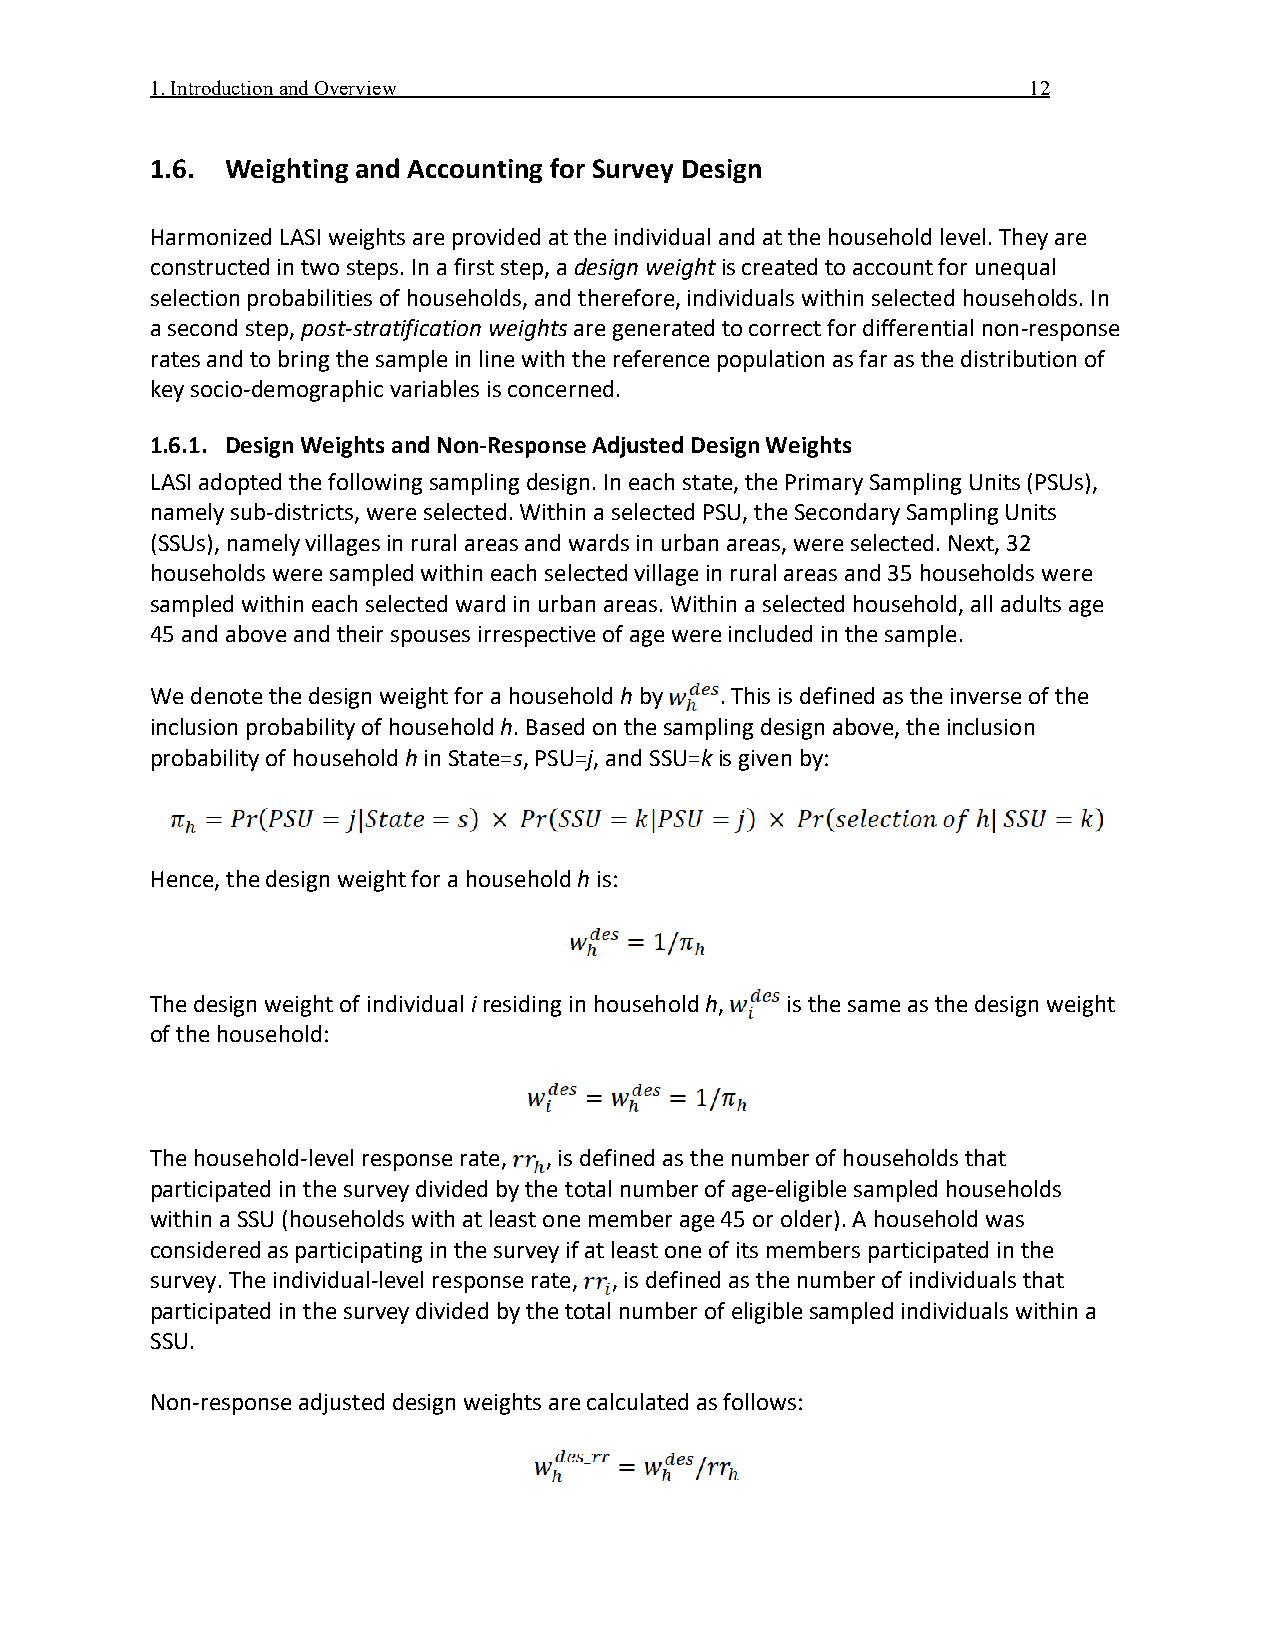
1. Introduction and Overview                              12
 1.6. Weighting and Accounting for Survey Design
 Harmonized LASI weights are provided at the individual and at the household level. They are
 constructed in two steps. In a first step, a design weight is created to account for unequal
 selection probabilities of households, and therefore, individuals within selected households. In
 a second step, post-stratification weights are generated to correct for differential non-response
 rates and to bring the sample in line with the reference population as far as the distribution of
 key socio-demographic variables is concerned.
 1.6.1. Design Weights and Non-Response Adjusted Design Weights
 LASI adopted the following sampling design. In each state, the Primary Sampling Units (PSUs),
 namely sub-districts, were selected. Within a selected PSU, the Secondary Sampling Units
 (SSUs), namely villages in rural areas and wards in urban areas, were selected. Next, 32
 households were sampled within each selected village in rural areas and 35 households were
 sampled within each selected ward in urban areas. Within a selected household, all adults age
 45 and above and their spouses irrespective of age were included in the sample.
 We denote the design weight for a household h by . This is defined as the inverse of the
 inclusion probability of household h. Based on the sampling design above, the inclusion
 probability of household h in State=s, PSU=j, and SSU=k is given by:
 Hence, the design weight for a household h is:
 The design weight of individual i residing in household h, is the same as the design weight
 of the household:
 The household-level response rate, , is defined as the number of households that
 participated in the survey divided by the total number of age-eligible sampled households
 within a SSU (households with at least one member age 45 or older). A household was
 considered as participating in the survey if at least one of its members participated in the
 survey. The individual-level response rate, , is defined as the number of individuals that
 participated in the survey divided by the total number of eligible sampled individuals within a
 SSU.
 Non-response adjusted design weights are calculated as follows: